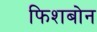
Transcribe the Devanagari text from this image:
फिशबोन